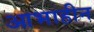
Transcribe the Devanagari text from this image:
आभाहीन